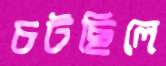
চটছিলে